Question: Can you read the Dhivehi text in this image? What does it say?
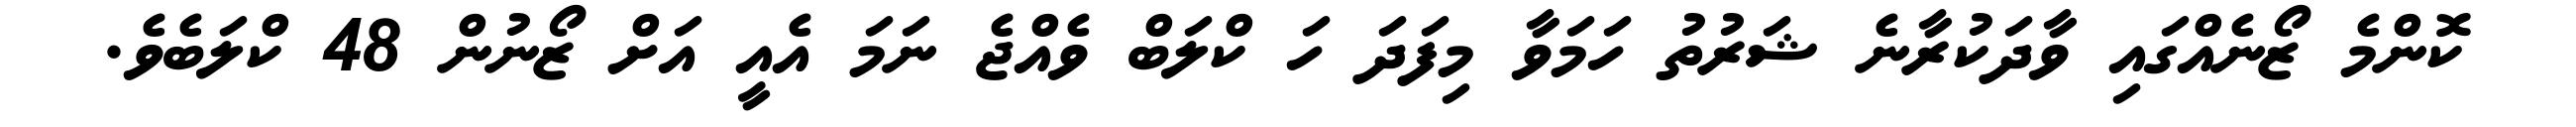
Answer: ކޮންމެ ޒޯނެއްގައި ވާދަކުރާނެ ޝަރުތު ހަމަވާ މިފަދަ ހަ ކްލަބް ވެއްޖެ ނަމަ އެއީ އަށް ޒޯނުން 48 ކްލަބެވެ.